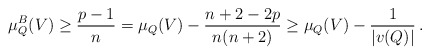
\begin{align*}\mu_Q^B(V) \ge \frac{p-1}{n} =\mu_Q(V)-\frac{n+2-2p}{n(n+2)} \ge \mu_Q(V) - \frac{1}{|v(Q)|}\, . \end{align*}